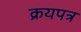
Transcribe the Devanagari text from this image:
क्रयपत्र